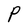
Character: P